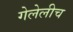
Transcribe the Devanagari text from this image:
गेलेलीच